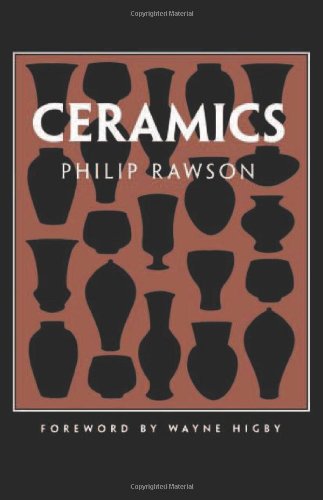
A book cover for Ceramics; Philip Rawson; Crafts, Hobbies & Home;